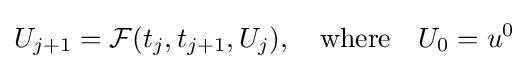
U_{j+1}={\mathcal {F}}(t_{j},t_{j+1},U_{j}),\quad {\text{where}}\quad U_{0}=u^{0}